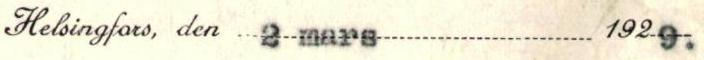
Helsingfors, den 2 mars 192 9.